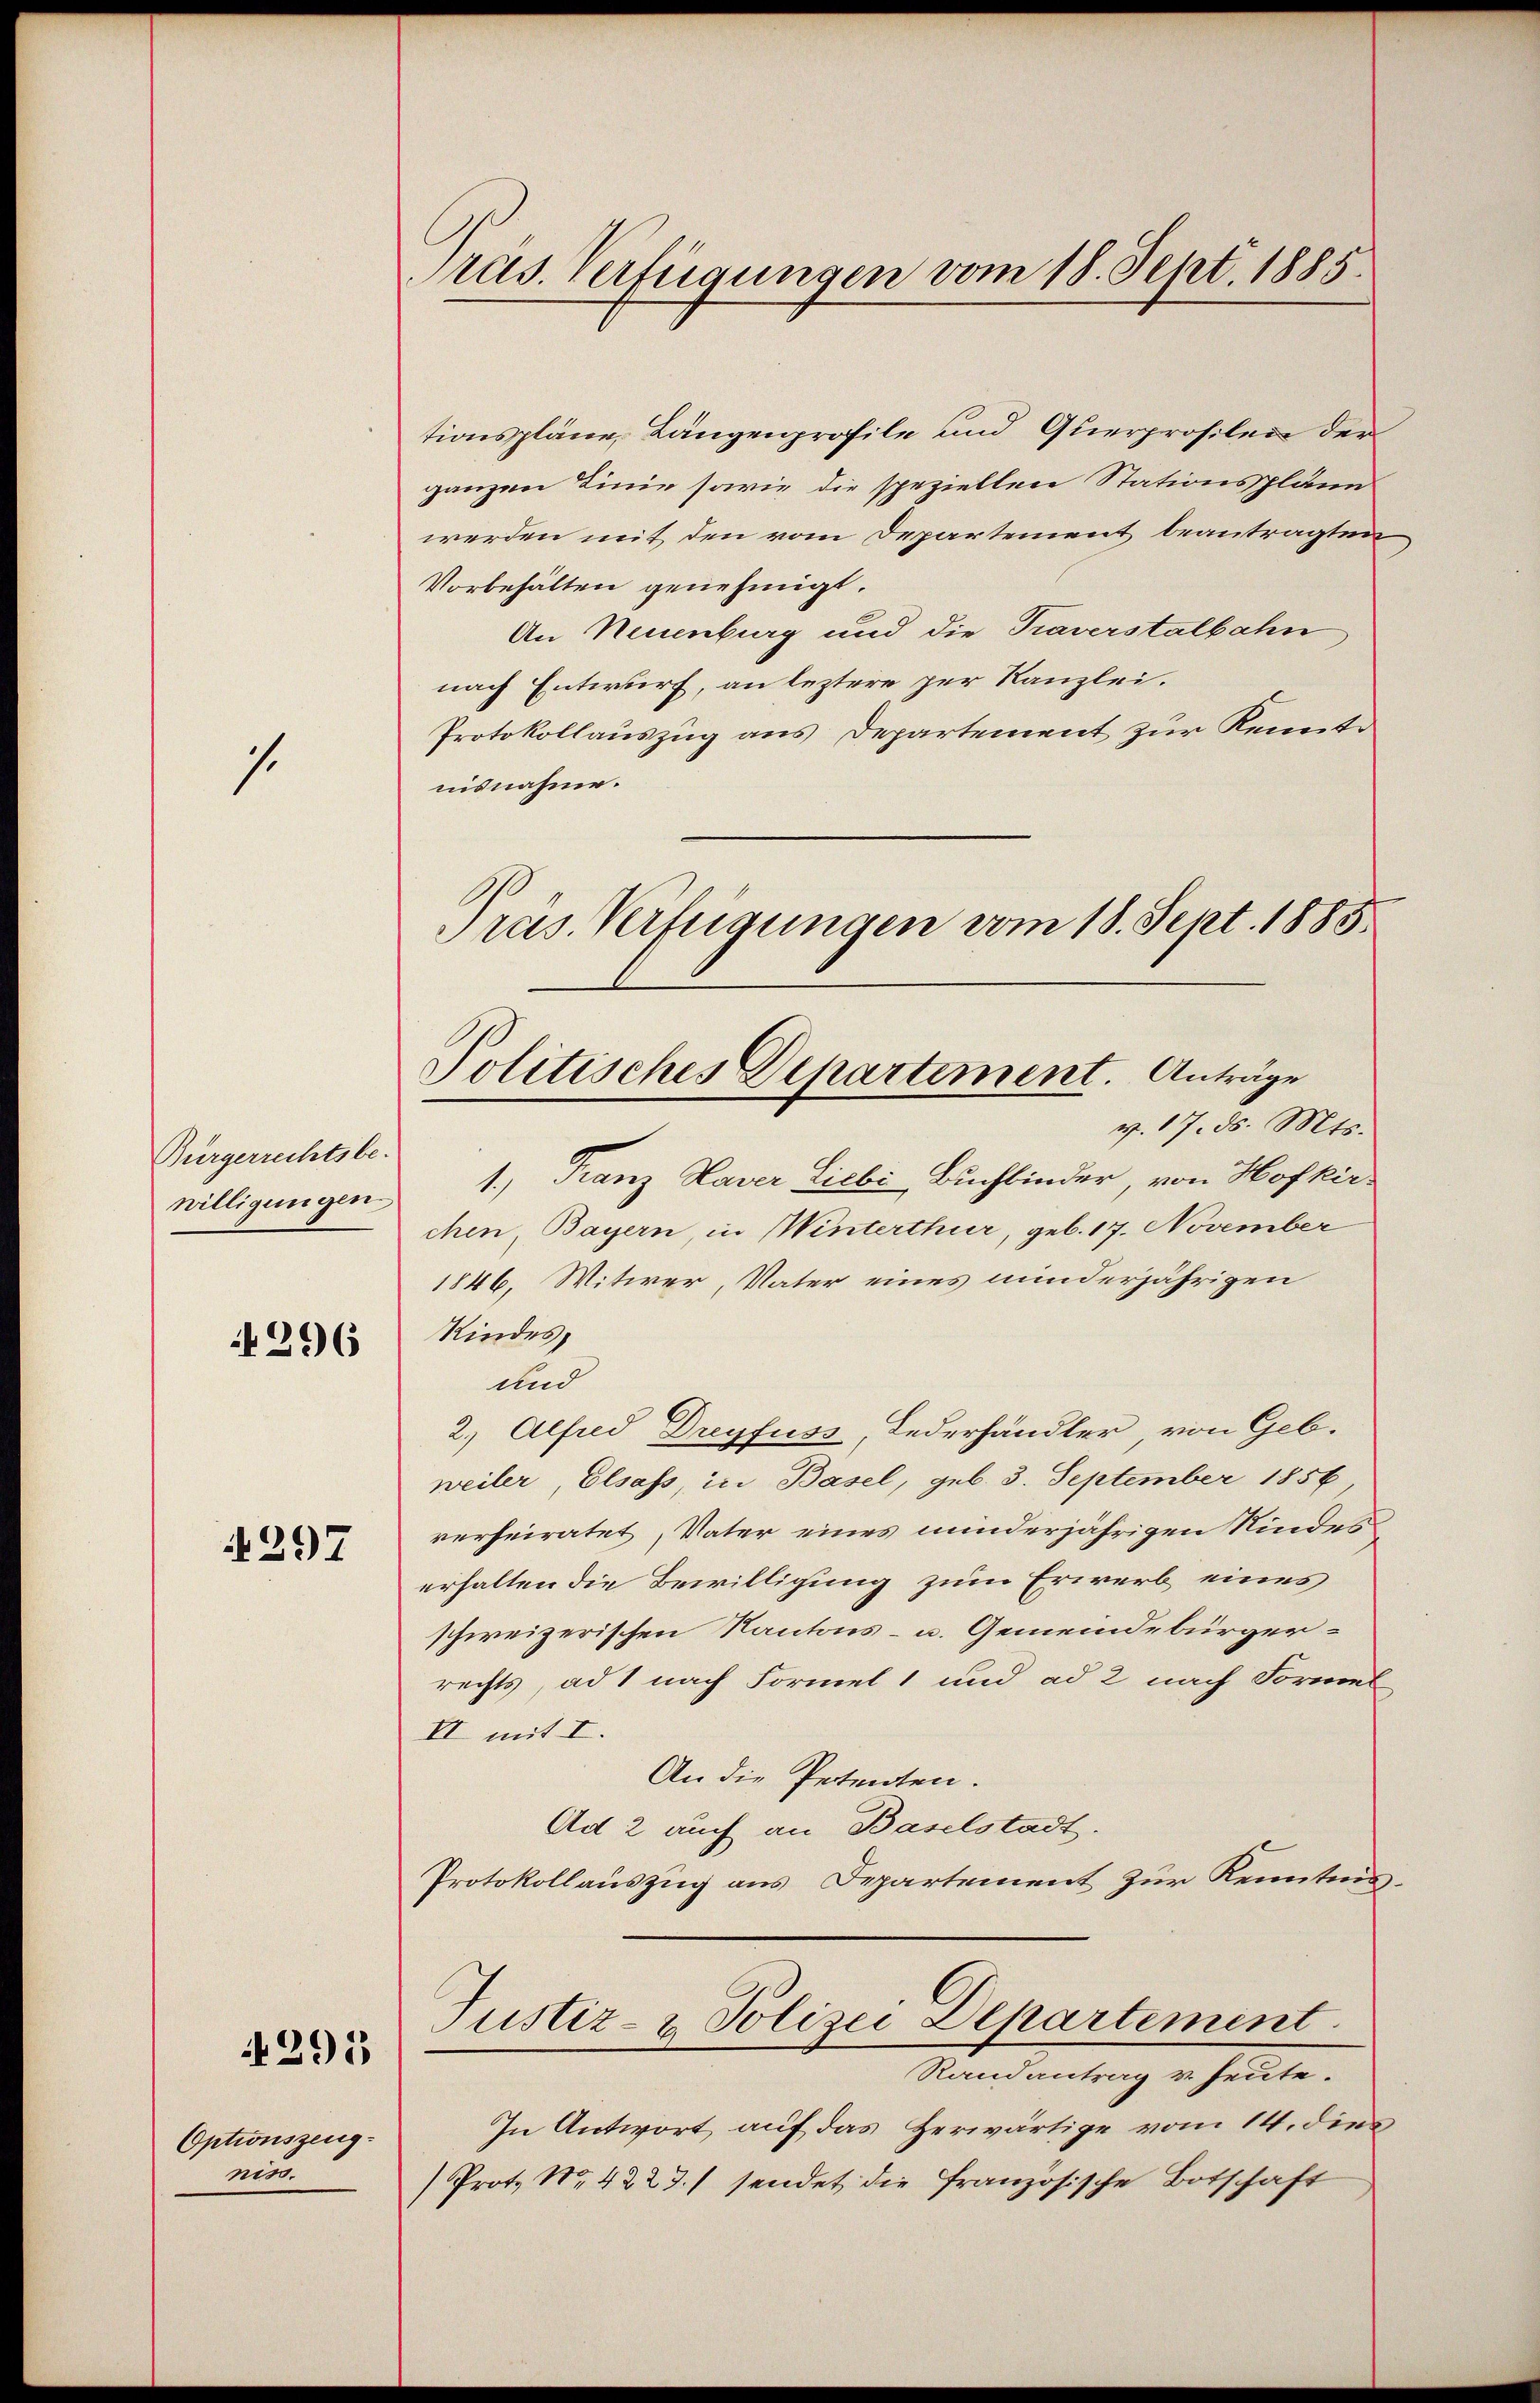
s.

Bürgerrechtsbe-
willigungen

4296

297

295

Optionszeug-
niss.

ras. Verfügungen vom 18. Sept. 1885.

tionspläne, Längenprofile und Querprofilen der
ganzen Linie sowie die speziellen Stationspläne
werden mit den vom Departement beantragten
Vorbehalten genehmigt.
An Neuenburg und die Traverstalbahn
nach Entwurf, an leztere per Kanzlei.
Protokollauszug aus Departement zur Kennte
iisnahme.
Präs. Verfügungen vom 18. Sept. 1885

Politisches Departement. Anträge
v. 17. d. Mts.

1.) Franz Haver Liebi Buchbinder, von Hofkir
chen, Bayern, in Winterthur, geb. 17. November
1846, Witwer, Vater eines minderjährigen
Kindes,
und
2.) Alfred Dreyfuss, Federhändler von Geb.
weiler, Elsass, in Basel, geb. 3. September 1856
verheiratet, Vater eines minderjährigen Kindes
erhalten die Bewilligung zum Erwerb eines
schweizerischen Kantons- u. Gemeindebürgerrechts, ad 1 nach Formel 1 und ad 2 nach Formel
II mit I.
An die Petenten.
Ad 2 auch an Baselstadt.
Protokollauszug aus Departement zur Kenntnis¬
Justiz- & Polizei Departement
Randantrag v. heute.
In Antwort auf das Herwärtige vom 14. dies
Prot. No. 4223./ sendet die französische Botschaft